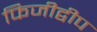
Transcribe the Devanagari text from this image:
फिजीद्वीप